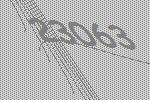
23063